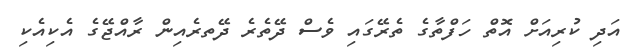
އަދި ކުރިއަށް އޮތް ހަފްތާގެ ތެރޭގައި ވެސް ދޭތެރެ ދޭތރެއިން ރާއްޖޭގެ އެކިއެކި